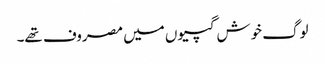
لوگ خوش گپیوں میں مصروف تھے۔